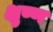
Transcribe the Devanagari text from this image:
क्षुण्ण